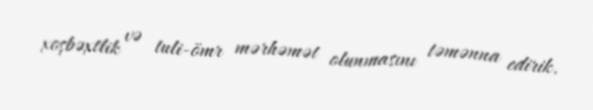
xoşbəxtlik və tuli-ömr mərhəmət olunmasını təmənna edirik.